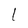
Character: I